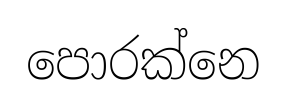
පොරක්නෙ